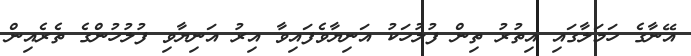
އޭނާގެ ހަމަލާގައި އިތުރު ތިން ފުލުހަކު އަނިޔާވެފައިވާ އިރު އަނިޔާވި ފުލުހުންގެ ތެރެއިން